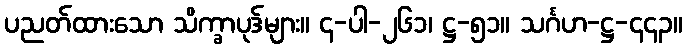
ပညတ်ထားသော သိက္ခာပုဒ်များ။ ၄-ပါ-၂၆၁၊ ဋ္ဌ-၅၁။ သင်္ဂဟ-ဋ္ဌ-၄၄၃။